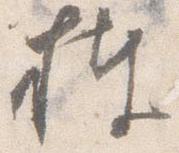
捧